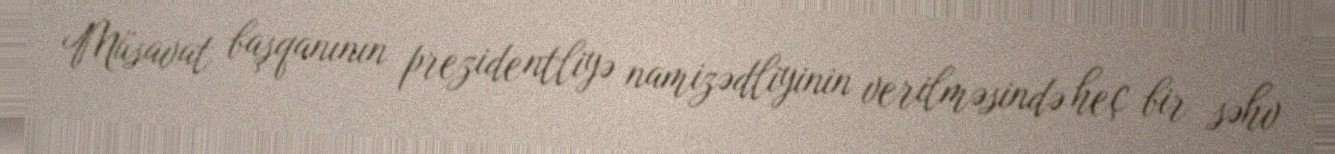
Müsavat başqanının prezidentliyə namizədliyinin verilməsində heç bir səhv